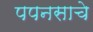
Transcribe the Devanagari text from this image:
पपनसाचे